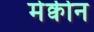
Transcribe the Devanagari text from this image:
मेक्वीन